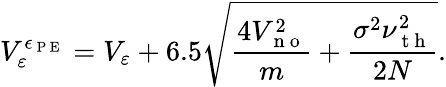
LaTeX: V_{\varepsilon}^{\epsilon_{\mathrm{~P~E~}}}=V_{\varepsilon}+6.5\sqrt{\frac{4V_{\mathrm{~n~o~}}^{2}}{m}+\frac{\sigma^{2}\nu_{\mathrm{~t~h~}}^{2}}{2N}}.